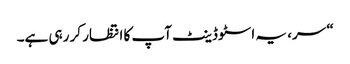
“ سر، یہ اسٹوڈینٹ آپ کا انتظار کر رہی ہے۔